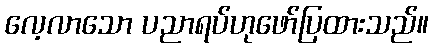
လေ့လာသော ပညာရပ်ဟုဖော်ပြထားသည်။